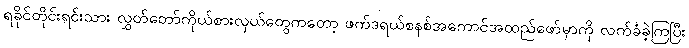
ရခိုင်တိုင်းရင်းသား လွှတ်တော်ကိုယ်စားလှယ်တွေကတော့ ဖက်ဒရယ်စနစ်အကောင်အထည်ဖော်မှာကို လက်ခံခဲ့ကြပြီး